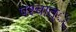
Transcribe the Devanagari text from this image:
पश्चात््